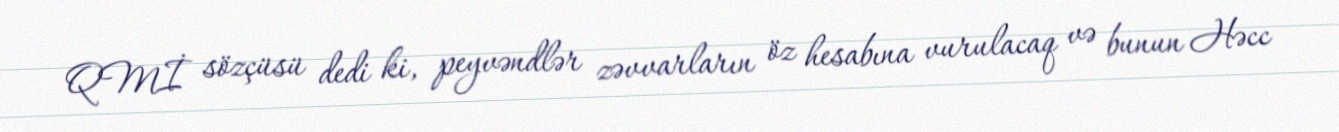
QMİ sözçüsü dedi ki, peyvəndlər zəvvarların öz hesabına vurulacaq və bunun Həcc